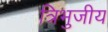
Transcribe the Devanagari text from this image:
त्रिभुजीय